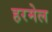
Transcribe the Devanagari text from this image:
हरमेल